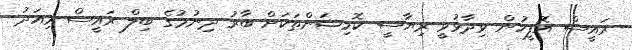
ރައީސް އޮފީހުން ވިދާޅުވީ ރިޔާސީ ކޮމިޝަންތަކަށް ބާރު ދިނުމުގެ ބިލް ރައީސް މިއަދު